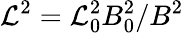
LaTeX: \mathcal{L}^{2}=\mathcal{L}_{0}^{2}B_{0}^{2}/B^{2}